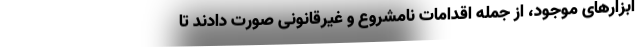
ابزارهای موجود، از جمله اقدامات نامشروع و غیرقانونی صورت دادند تا